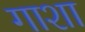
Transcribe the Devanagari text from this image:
गाशा